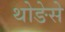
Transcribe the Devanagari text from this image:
थोङेसे